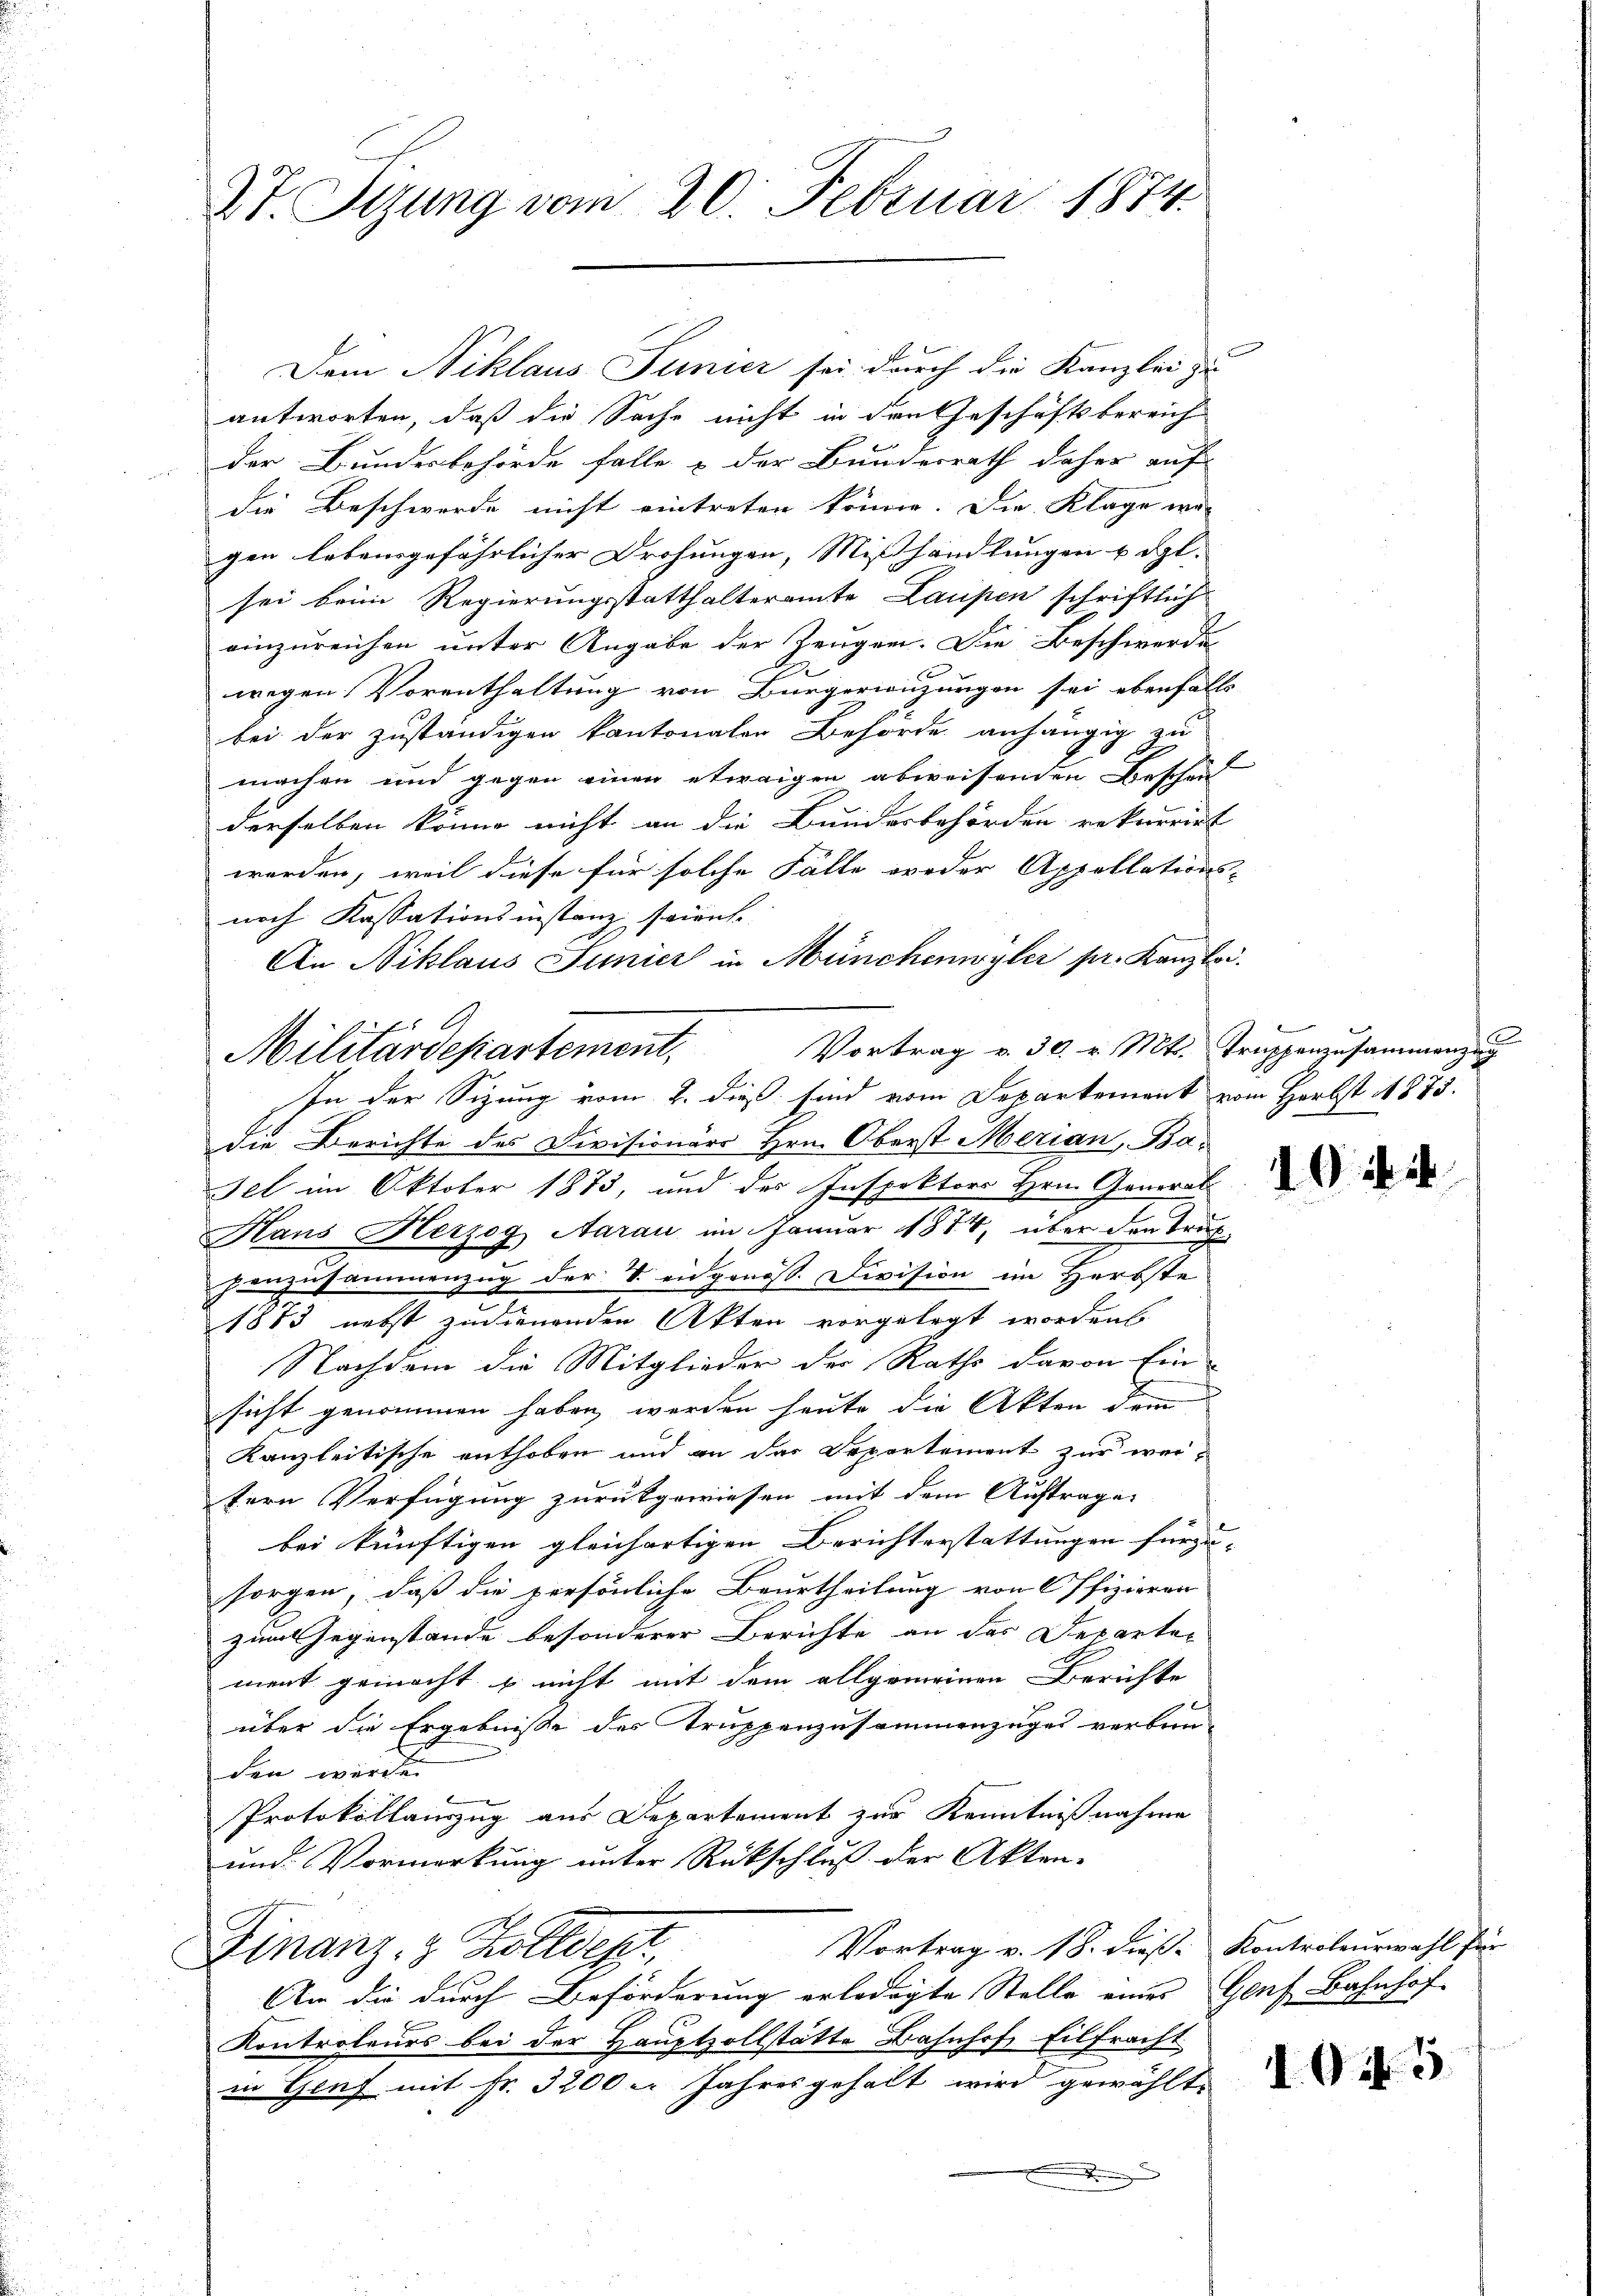
St. Sizung vom 20. Februar 1874.

antworten, daß die Sache nicht in den Geschäftsbereich
Der Bundesbehörde falle & der Bundesrath daher auf
die Beschwerde nicht eintreten könne. Die Klage war
gen lebensgefährlicher Drohungen, Mißhandlungen u. dgl.
sei beim Regierungsstatthalteramte Laupen schriftlich
einzureichen unter Angabe der Zeugen. Die Beschwerde
wegen Vorenthaltung von Bürgerwegungen sei ebenfalls
bei der zuständigen kantonalen Behörde anhängig zu
machen und gegen einen etwaigen abweisenden Beschei
derselben könne nicht an die Bundesbehörden rekurrirt
werden, weil diese für solche Fälle weder Appellations-
noch Kassationsinstanz soiente
An Niklaus Junier in Münchenwyler pr. Kanzlei.
die Berichte des Divisionärs Hrn. Oberst Merian, Ba-
sel im Oktober 1873, und des Inspektors Hrn. General
Haus Herzog Aarau im Januar 1874, über den Trur
penzusammenzug der V. eidgenoss. Division im Herbste
u
1883 nebst zudienenden Akten vorgelegt worden.
Nachdem die Mitglieder der Raths davon Ein
sicht genommen haben werden heute die Akten dem
Kanzleitische enthoben und an das Departement zur wertern Verfügung zurückgewiesen mit dem Auftrage,
bei künftigen gleichartigen Berichterstattungen fürzu- |
sorgen, daß die persönliche Beurtheilung von Offizieren
zum Gegenstände besonderer Berichte an das Departen
ment gemacht & nicht mit dem allgemeinen Berichte
über die Ergebnisse des Truppenzusammenzuges verbun-
den würde.
Protokollauszug aus Departement zur Kenntnißnahme
und Vormerkung unter Rückschluß der Akten-
Vortrag v. 18. dieß Kontrolenswahl für
Finanz- & Zolldep
An die durch Beförderung erledigte Stelle eines Genf Bahnhof
Kontroleurs bei der Hauptzollstätte Bahnhof, Eilfracht
in Genf mit Fr. 3200 u. Jahresgehalt wird gewählte

Dem Niklaus Tunicz sei durch die Kanzlei zu

f1 C.
Vortrag v. 30. v. Mts. Truppenzusammenzug
Militärdepartement,
In der Sizung vom 2. dieß sind vom Departement vom Herbst 1875.

Pinien